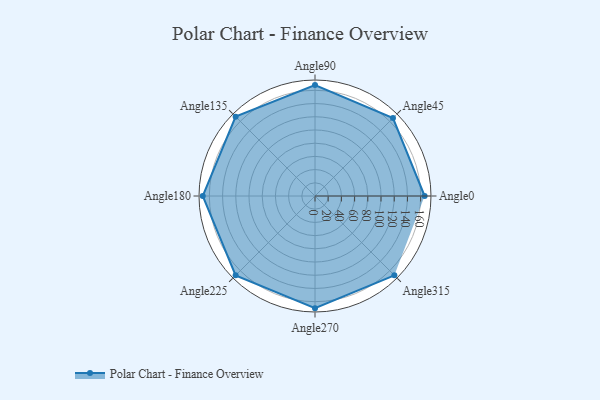
{"axis": {"x": "Angle", "y": "Radius"}, "legend": [""], "data": [{"x": "Angle0", "y": 166.0, "type": ""}, {"x": "Angle45", "y": 167.0, "type": ""}, {"x": "Angle90", "y": 168.0, "type": ""}, {"x": "Angle135", "y": 170, "type": ""}, {"x": "Angle180", "y": 170, "type": ""}, {"x": "Angle225", "y": 170, "type": ""}, {"x": "Angle270", "y": 170, "type": ""}, {"x": "Angle315", "y": 170, "type": ""}]}